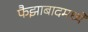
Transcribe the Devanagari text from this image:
फैझाबादमध्ये